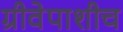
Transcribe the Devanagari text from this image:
ग्रीवेपाशीच